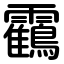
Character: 靍